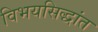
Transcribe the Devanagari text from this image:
विभयसिद्धांत